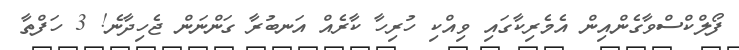
ފޯލްކްސްވާގެންއިން އެމެރިކާގައި ވިއްކި ހުރިހާ ކާރެއް އަނބުރާ ގަންނަން ޖެހިދާނެ! 3 ހަފްތާ